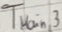
Text: TMain,3